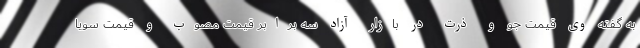
به گفته وی قیمت جو و ذرت در بازار آزاد سه برابر قیمت مصوب و قیمت سویا